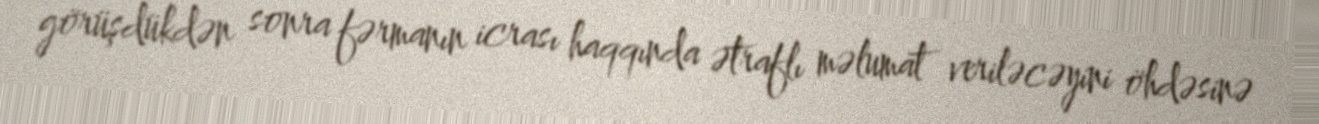
görüşdükdən sonra fərmanın icrası haqqında ətraflı məlumat veriləcəyini öhdəsinə